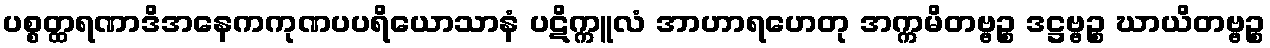
ပစ္စတ္ထရဏာဒိအနေကကုဏပပရိယောသာနံ ပဋိက္ကူလံ အာဟာရဟေတု အက္ကမိတဗ္ဗဉ္စ ဒဋ္ဌဗ္ဗဉ္စ ဃာယိတဗ္ဗဉ္စ